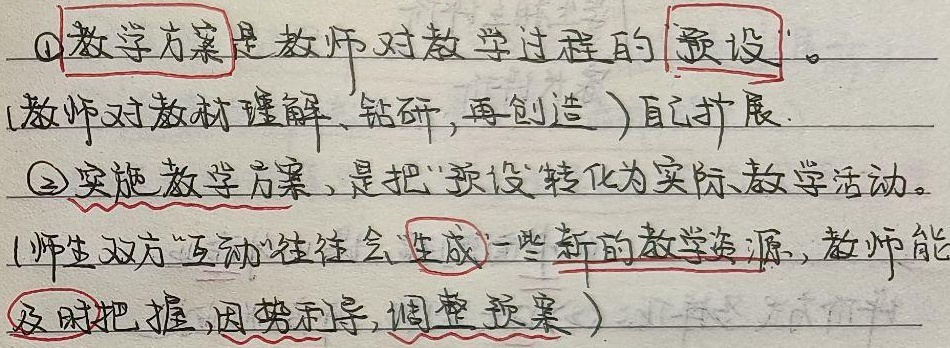
\textcircled{1}教学方案是教师对教学过程的预设。这一预设源于教师对教材深入的理解与钻研，以及在此基础上进行的创造性构思。教师需要充分考量教学目标、学生的知识基础和认知特点，精心设计教学流程、教学方法和教学活动，以构建一个完整且具有可行性的教学框架。
\textcircled{2}实施教学方案，是把“预设”转化为实际教学活动。在这个过程中，师生双方的“互动”尤为关键，往往会生成一些新的教学资源。当学生提出独特的见解、疑问或者出现意外的课堂情况时，教师若能及时把握这些契机，因势利导，灵活调整预案，便能使教学更加贴合学生的实际需求，促进课堂的动态生成，让教学过程更加富有活力与成效 。